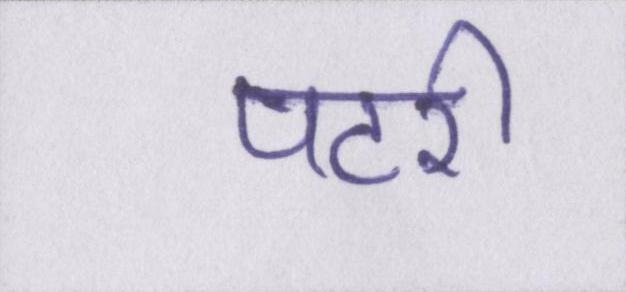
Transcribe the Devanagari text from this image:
पटरी